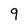
Character: 9